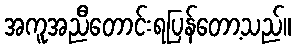
အကူအညီတောင်းရပြန်တော့သည်။